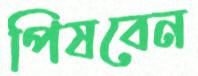
পিষবেন